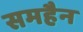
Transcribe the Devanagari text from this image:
समहैन